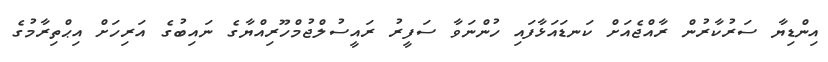
އިންޑިޔާ ސަރުކާރުން ރާއްޖެއަށް ކަނޑައަޅާފައި ހުންނަވާ ސަފީރު ރައީސުލްޖުމްހޫރިއްޔާގެ ނައިބުގެ އަރިހަށް އިޙްތިރާމުގެ